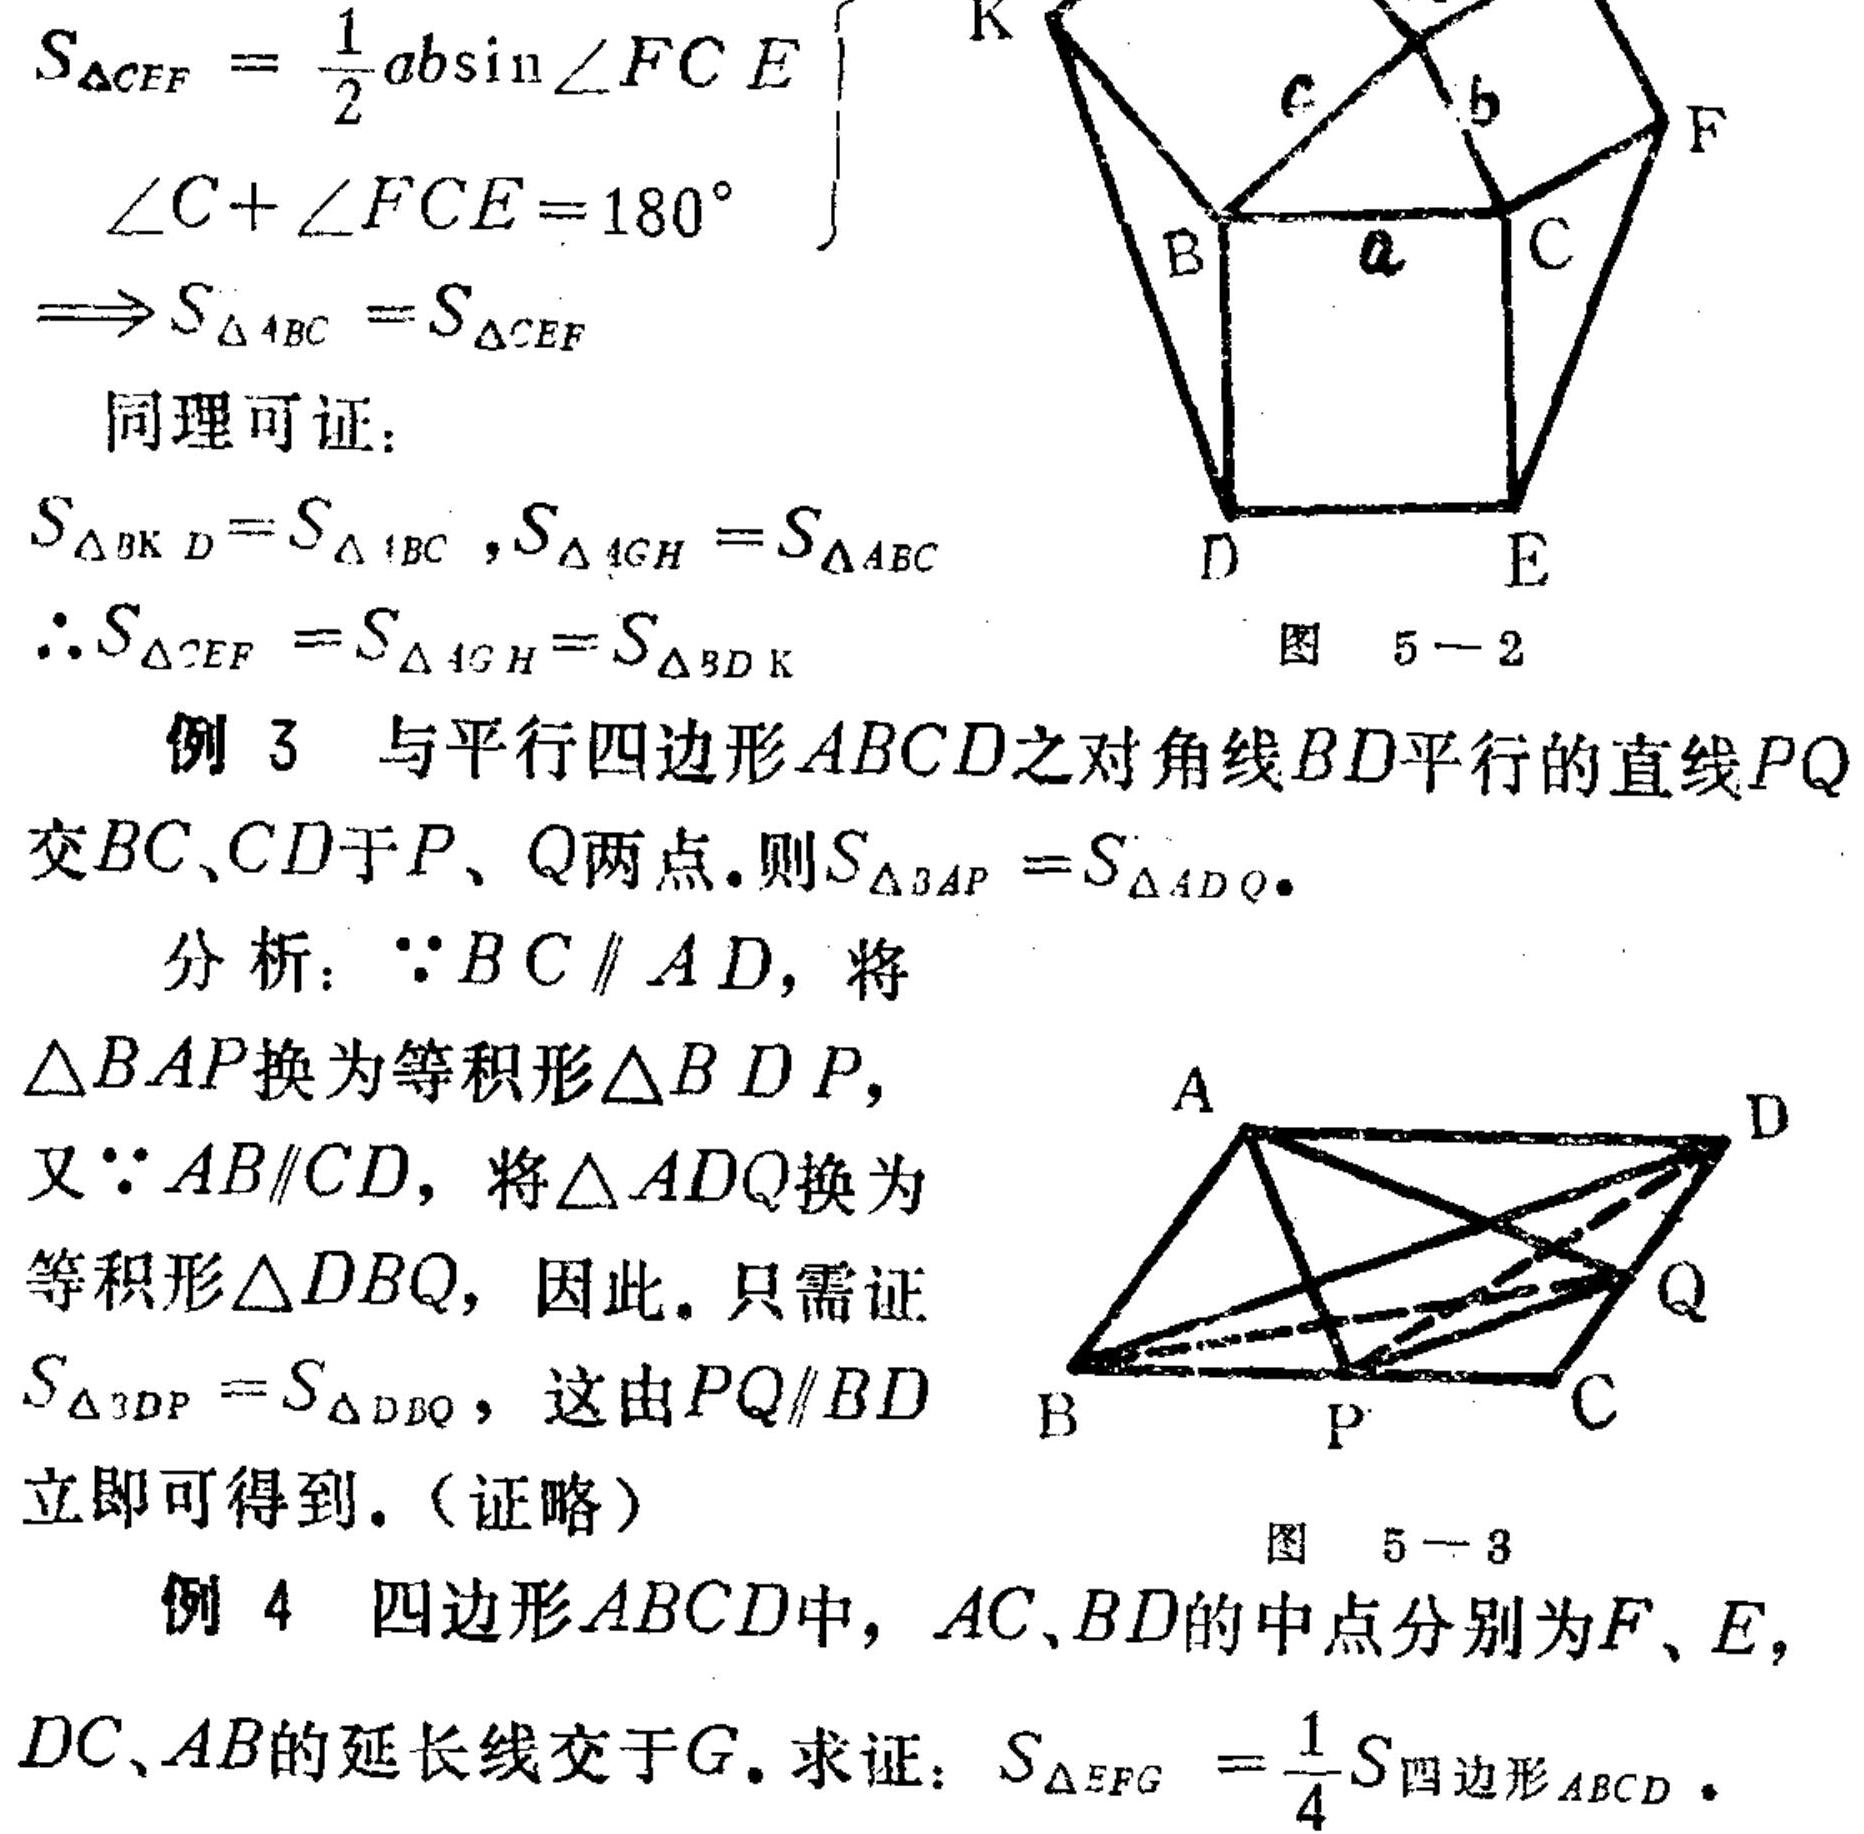
\[
\begin{align*}
S_{\triangle CEF}&=\frac{1}{2}ab\sin\angle FCE\\
\angle C+\angle FCE& = 180^{\circ}\\
\Rightarrow S_{\triangle ABC}&=S_{\triangle CEF}
\end{align*}
\]
同理可证：
\[
S_{\triangle BKD}=S_{\triangle ABC},S_{\triangle AGH}=S_{\triangle ABC}
\]
\[
\therefore S_{\triangle CEF}=S_{\triangle AGH}=S_{\triangle BDK}
\]
例 3 与平行四边形 \(ABCD\) 之对角线 \(BD\) 平行的直线 \(PQ\) 交 \(BC\)、\(CD\) 于 \(P\)、\(Q\) 两点.则 \(S_{\triangle BAP}=S_{\triangle ADQ}\).
分析：\(\because BC\parallel AD\)，将 \(\triangle BAP\) 换为等积形 \(\triangle BDP\)，
又\(\because AB\parallel CD\)，将 \(\triangle ADQ\) 换为等积形 \(\triangle DBQ\)，因此. 只需证 \(S_{\triangle BDP}=S_{\triangle DBQ}\)，这由 \(PQ\parallel BD\) 立即可得到.（证略）
例 4 四边形 \(ABCD\) 中，\(AC\)、\(BD\) 的中点分别为 \(F\)、\(E\)，\(DC\)、\(AB\) 的延长线交于 \(G\). 求证：\(S_{\triangle EFG}=\frac{1}{4}S_{四边形ABCD}\).